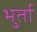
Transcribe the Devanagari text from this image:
भुर्ता